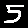
Digit: 5